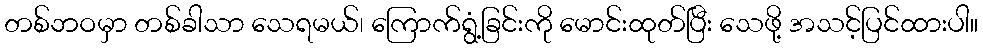
တစ်ဘဝမှာ တစ်ခါသာ သေရမယ်၊ ကြောက်ရွံ့ခြင်းကို မောင်းထုတ်ပြီး သေဖို့ အသင့်ပြင်ထားပါ။